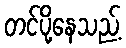
တင်ပို့နေသည့်